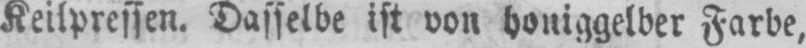
Keilpressen. Dasselbe ist von honiggelber Farbe,